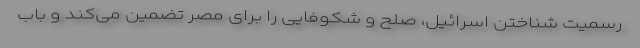
رسمیت شناختن اسرائیل، صلح و شکوفایی را برای مصر تضمین می‌کند و باب